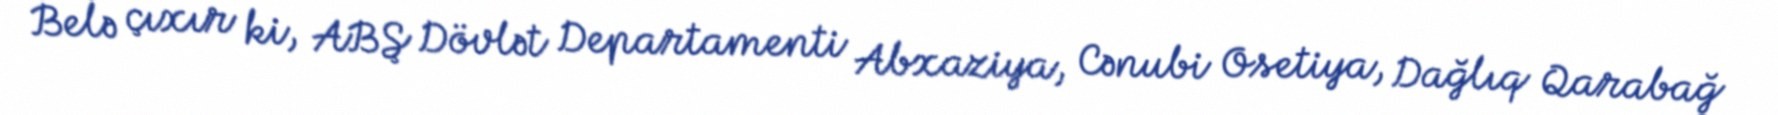
Belə çıxır ki, ABŞ Dövlət Departamenti Abxaziya, Cənubi Osetiya, Dağlıq Qarabağ